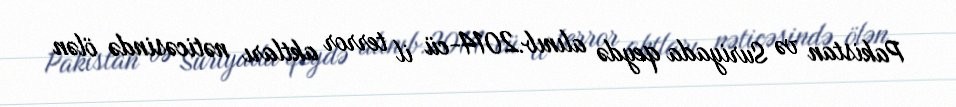
Pakistan və Suriyada qeydə alınıb.2014-cü il terror aktları nəticəsində ölən